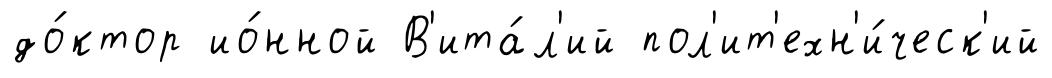
до́ктор ио́нной В'ита́л'ий пол'ит'ехн'и́ческ'ий